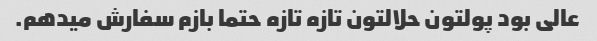
عالی بود پولتون حلالتون تازه تازه حتما بازم سفارش میدهم.